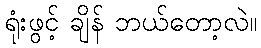
ရုံးဖွင့် ချိန် ဘယ်တော့လဲ။